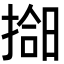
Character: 𫽰